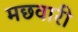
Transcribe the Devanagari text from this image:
मछवारी